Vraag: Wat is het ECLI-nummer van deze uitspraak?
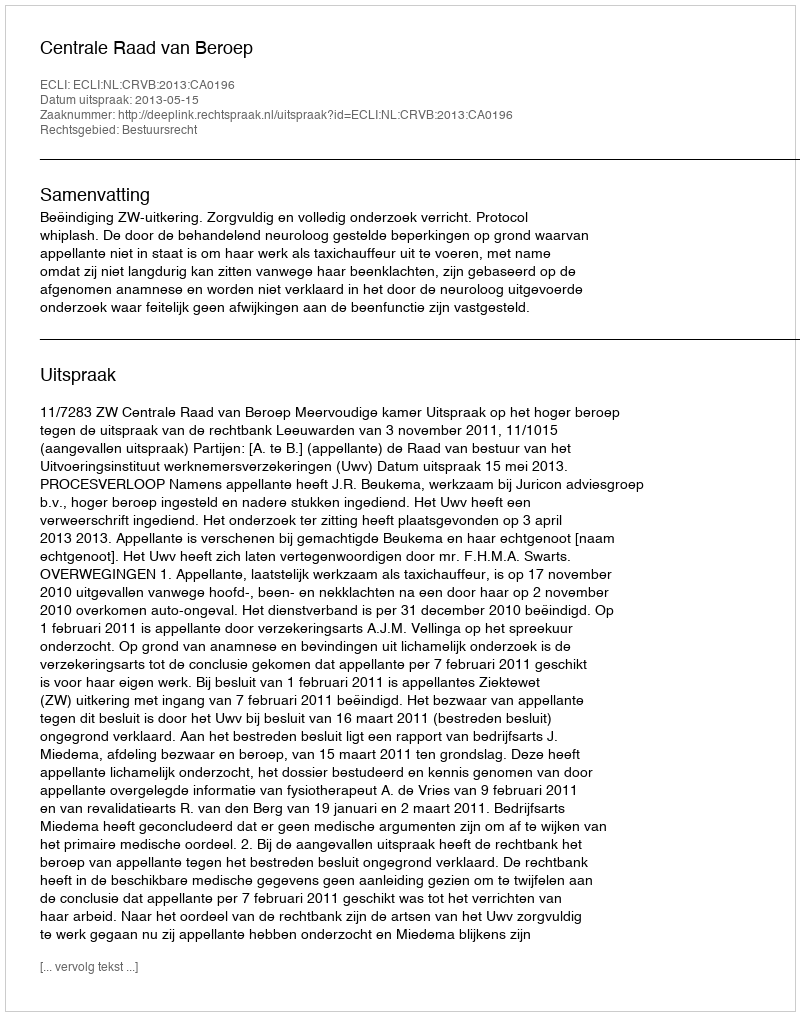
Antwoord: ECLI:NL:CRVB:2013:CA0196